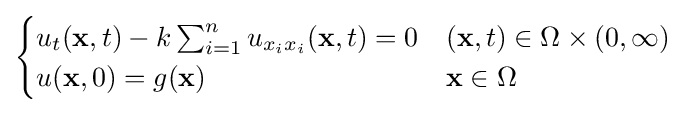
{\begin{cases}u_{t}(\mathbf {x} ,t)-k\sum _{i=1}^{n}u_{x_{i}x_{i}}(\mathbf {x} ,t)=0&(\mathbf {x} ,t)\in \Omega \times (0,\infty )\\u(\mathbf {x} ,0)=g(\mathbf {x} )&\mathbf {x} \in \Omega \end{cases}}